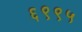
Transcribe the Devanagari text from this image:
६९९५